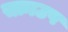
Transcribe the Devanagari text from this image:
स्क्राउप